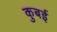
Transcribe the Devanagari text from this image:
कुबई